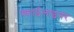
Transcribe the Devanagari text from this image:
स्काईलाइनर